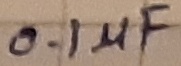
Text: 0.1µF